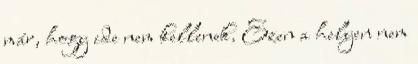
már, hogy ide nem kellenek. Ezen a helyen nem